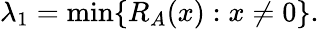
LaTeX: \lambda_{1}=\operatorname*{min}\{ R_{A}(x):x\neq 0\} .